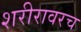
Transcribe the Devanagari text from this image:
शरीरावरच